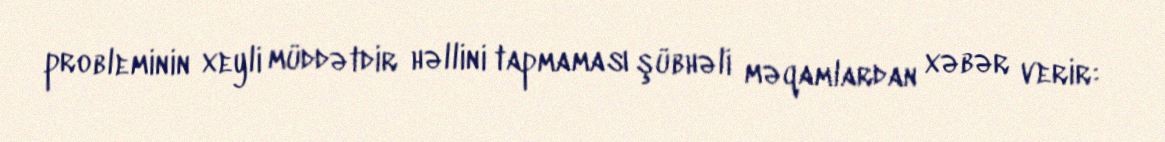
probleminin xeyli müddətdir həllini tapmaması şübhəli məqamlardan xəbər verir: